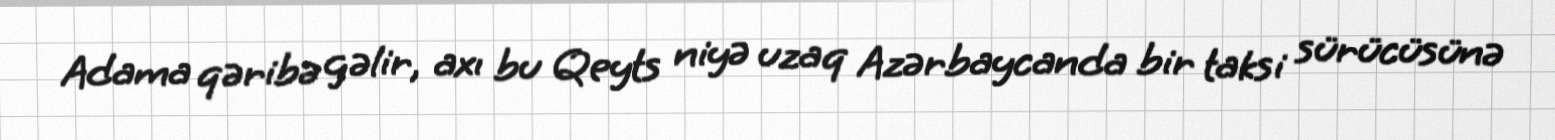
Adama qəribə gəlir, axı bu Qeyts niyə uzaq Azərbaycanda bir taksi sürücüsünə